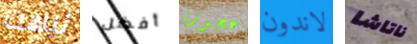
ليست أفضل عجوزة لاندون ناتاشا